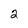
Character: 2